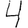
Digit: 4